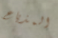
المذياع